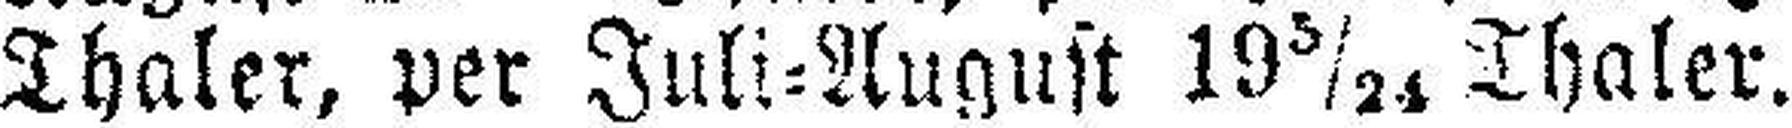
Thaler, per Juli=August 19 3/24 Thaler.